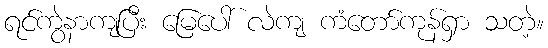
ရင်ကွဲနာကျပြီး မြေပေါ် လဲကျ ကံတော်ကုန်ရှာ သတဲ့။